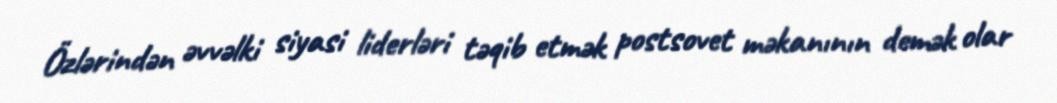
Özlərindən əvvəlki siyasi liderləri təqib etmək postsovet məkanının demək olar